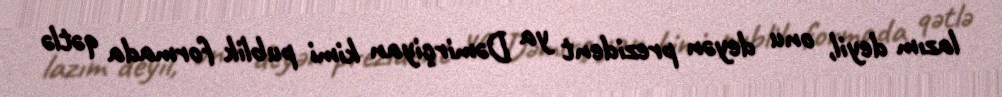
lazım deyil, onu deyən prezident ya Dəmirçiyan kimi publik formada qətlə